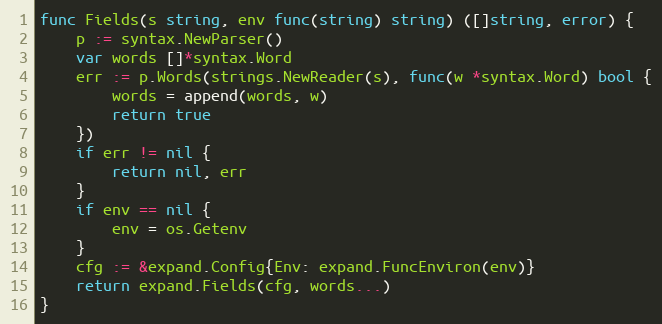
Language: Go
func Fields(s string, env func(string) string) ([]string, error) {
	p := syntax.NewParser()
	var words []*syntax.Word
	err := p.Words(strings.NewReader(s), func(w *syntax.Word) bool {
		words = append(words, w)
		return true
	})
	if err != nil {
		return nil, err
	}
	if env == nil {
		env = os.Getenv
	}
	cfg := &expand.Config{Env: expand.FuncEnviron(env)}
	return expand.Fields(cfg, words...)
}